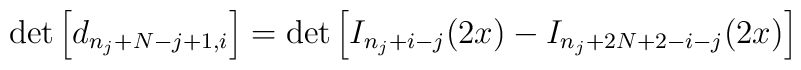
\det\left[d_{n_{j}+N-j+1,i}\right] = \det\left[I_{n_{j}+i-j}(2x)-I_{n_{j}+2N+2-i-j}(2x)\right]